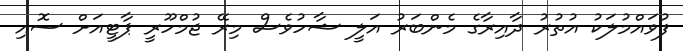
ފުވައްމުލަކު އުތުރު ދާއިރާގެ މެންބަރު އަލީ ޝާހުވެސް މިރޭ ޖުމްހޫރީ ޕާޓީއަށް ސޮއި